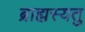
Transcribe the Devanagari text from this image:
ब्राह्मस्यतु